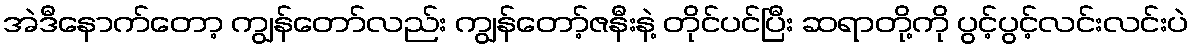
အဲဒီနောက်တော့ ကျွန်တော်လည်း ကျွန်တော့်ဇနီးနဲ့ တိုင်ပင်ပြီး ဆရာတို့ကို ပွင့်ပွင့်လင်းလင်းပဲ